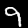
Label: 9